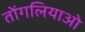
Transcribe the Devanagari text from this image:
तोंगलियाओ